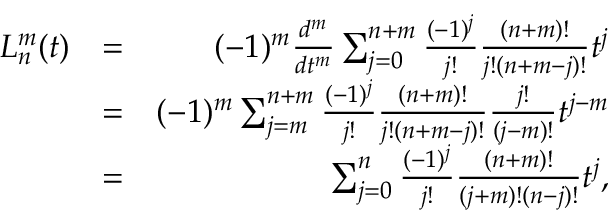
\begin{array} { r l r } { L _ { n } ^ { m } ( t ) } & { = } & { ( - 1 ) ^ { m } \frac { d ^ { m } } { d t ^ { m } } \sum _ { j = 0 } ^ { n + m } \frac { ( - 1 ) ^ { j } } { j ! } \frac { ( n + m ) ! } { j ! ( n + m - j ) ! } t ^ { j } } \\ & { = } & { ( - 1 ) ^ { m } \sum _ { j = m } ^ { n + m } \frac { ( - 1 ) ^ { j } } { j ! } \frac { ( n + m ) ! } { j ! ( n + m - j ) ! } \frac { j ! } { ( j - m ) ! } t ^ { j - m } } \\ & { = } & { \sum _ { j = 0 } ^ { n } \frac { ( - 1 ) ^ { j } } { j ! } \frac { ( n + m ) ! } { ( j + m ) ! ( n - j ) ! } t ^ { j } , } \end{array}